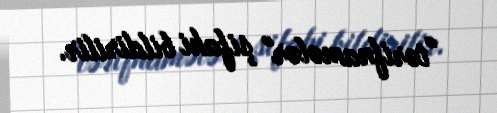
"tərifnamələr" şifahi bildirilir.